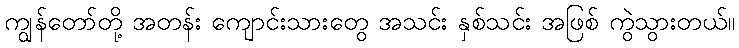
ကျွန်တော်တို့ အတန်း ကျောင်းသားတွေ အသင်း နှစ်သင်း အဖြစ် ကွဲသွားတယ်။